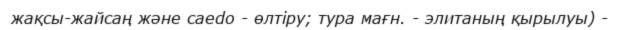
жақсы-жайсаң және caedo - өлтіру; тура мағн. - элитаның қырылуы) -